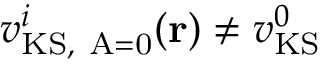
{ v _ { \mathrm { K S , ~ A = 0 } } ^ { i } ( \mathbf { r } ) } \neq v _ { \mathrm { K S } } ^ { 0 }